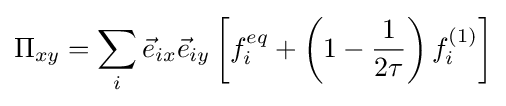
\Pi _{xy}=\sum _{i}{\vec {e}}_{ix}{\vec {e}}_{iy}\left[f_{i}^{eq}+\left(1-{\frac {1}{2\tau }}\right)f_{i}^{(1)}\right]